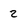
Character: 2